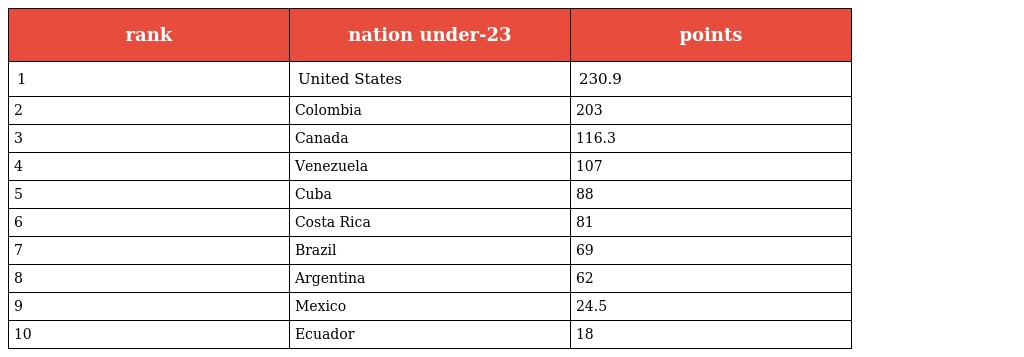
| rank | nation under-23 | points |
 | --- | --- | --- |
 | 1 | United States | 230.9 |
 | 2 | Colombia | 203 |
 | 3 | Canada | 116.3 |
 | 4 | Venezuela | 107 |
 | 5 | Cuba | 88 |
 | 6 | Costa Rica | 81 |
 | 7 | Brazil | 69 |
 | 8 | Argentina | 62 |
 | 9 | Mexico | 24.5 |
 | 10 | Ecuador | 18 |